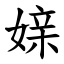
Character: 媇